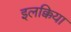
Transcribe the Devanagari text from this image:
इलक्किया